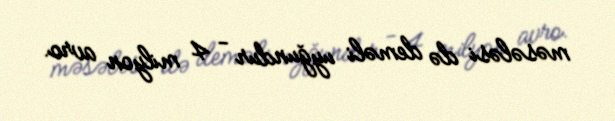
məsələsi də deməli uyğundur - 4 milyon avro.